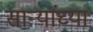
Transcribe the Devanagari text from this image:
सार्‍यांच्या